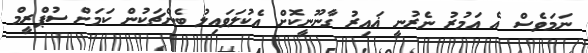
ނަމަވެސް އެ އަމުރު ނެރުނީ ޣައިރު ގާނޫނީކޮށް އެކުލަވައިލު ބެންޗަކުން ކަމަށް ސުޕްރީމް